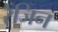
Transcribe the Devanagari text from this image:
रेंजिन